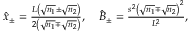
\begin{array} { r } { \hat { x } _ { \pm } = \frac { L \left( \sqrt { n _ { 1 } } \pm \sqrt { n _ { 2 } } \right) } { 2 \left( \sqrt { n _ { 1 } } \mp \sqrt { n _ { 2 } } \right) } , \quad \hat { B } _ { \pm } = \frac { s ^ { 2 } \left( \sqrt { n _ { 1 } } \mp \sqrt { n _ { 2 } } \right) ^ { 2 } } { L ^ { 2 } } , } \end{array}